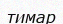
тимар